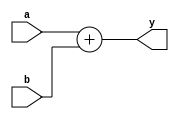
`timescale 1ns / 1ps
//////////////////////////////////////////////////////////////////////////////////
// Company: 
// Engineer: 
// 
// Design Name: 
// Module Name: Learning_random
// Project Name: 
// Target Devices: 
// Tool Versions: 
// Description: 
// 
// Dependencies: 
// 
// Revision:
// Revision 0.01 - File Created
// Additional Comments:
// 
//////////////////////////////////////////////////////////////////////////////////


module Learning_random(
    input [3:0] a,b,
    output [4:0] y
    );
    
    assign y=a+b;
    
    
endmodule